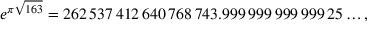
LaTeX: e ^ { \pi { \sqrt { 1 6 3 } } } = 2 6 2 \, 5 3 7 \, 4 1 2 \, 6 4 0 \, 7 6 8 \, 7 4 3 . 9 9 9 \, 9 9 9 \, 9 9 9 \, 9 9 9 \, 2 5 \ldots ,